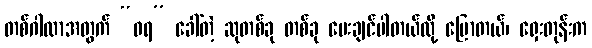
တစ်ဂါထာအတွက် “ဝရ” ခေါ်တဲ့ ဆုတစ်ခု တစ်ခု ပေးချင်ပါတယ်လို့ ပြောတယ်၊ ရှေးတုန်းက